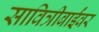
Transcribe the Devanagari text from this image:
सावित्रीबाईंवर